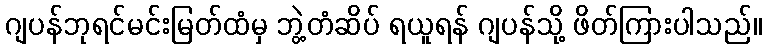
ဂျပန်ဘုရင်မင်းမြတ်ထံမှ ဘွဲ့တံဆိပ် ရယူရန် ဂျပန်သို့ ဖိတ်ကြားပါသည်။